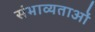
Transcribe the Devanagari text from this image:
संभाव्यताओं